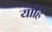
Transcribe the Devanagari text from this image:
यांहि